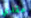
عقدي